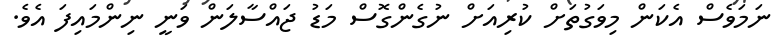
ނަމަވެސް އެކަން މިވަގުތަށް ކުރިއަށް ނުގެންގޮސް މަޑު ޖައްސާލަން ވަނީ ނިންމައިފަ އެވެ.